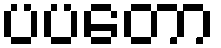
ပပတော